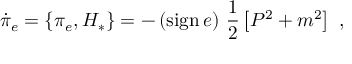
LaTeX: \dot { \pi } _ { e } = \{ \pi _ { e } , H _ { * } \} = - \left( \mathrm { s i g n } \, e \right) \, \frac { 1 } { 2 } \left[ P ^ { 2 } + m ^ { 2 } \right] \ ,